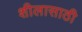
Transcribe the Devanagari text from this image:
शीलासाठी